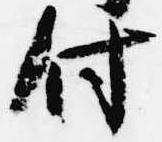
付